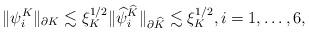
LaTeX: \begin{align*}\|\psi_i^K\|_{\partial K}\lesssim\xi_K^{1/2}\|\widehat{\psi}_i^{\widehat{K}}\|_{\partial\widehat{K}}\lesssim\xi_K^{1/2},i=1,\ldots,6,\end{align*}